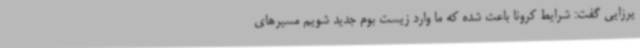
یرزایی گفت: شرایط کرونا باعث شده که ما وارد زیست بوم جدید شویم مسیرهای